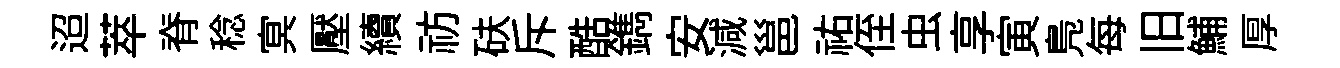
迢萃脊稔㝠壓續祊砆斥酷鐫安減邕祐侄虫享寅鳬每旧鯆厚